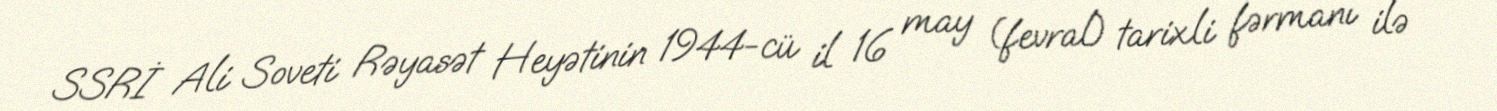
SSRİ Ali Soveti Rəyasət Heyətinin 1944-cü il 16 may (fevral) tarixli fərmanı ilə